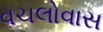
વચલોવાસ